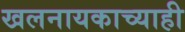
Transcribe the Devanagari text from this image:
खलनायकाच्याही